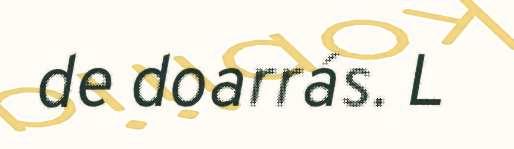
de doarrás. L